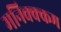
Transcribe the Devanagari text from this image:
मनिक्क्कम